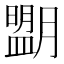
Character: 𦡉